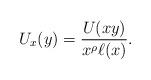
LaTeX: \begin{align*}U_x (y) = \frac{U(xy)}{x^\rho \ell(x)}.\end{align*}